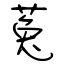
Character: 菟